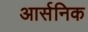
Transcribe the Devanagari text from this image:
आर्सनिक